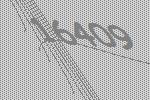
16409